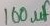
Text: 100µF